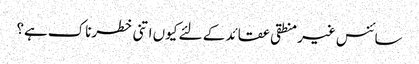
سائنس غیر منطقی عقائد کے لئے کیوں اتنی خطرناک ہے؟